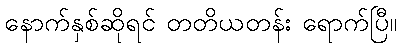
နောက်နှစ်ဆိုရင် တတိယတန်း ရောက်ပြီ။